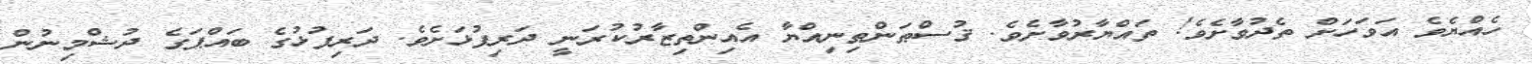
ހެއްޔެވެ އަވަހަށް ތެދުވާށެވެ! ތައްޔާރުވާށެވެ. ޤުސްޠަންޠިނިއްޔާ އެއިންތިޒާރުކުރަނީ ދަރިފުޅަށެވެ. ދަރިފުޅުގެ ބައްޕަގެ ދުޝްމިނުން